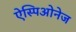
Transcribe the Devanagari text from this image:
ऐस्पिओनेज